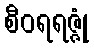
စီဝရရဇ္ဇုံ